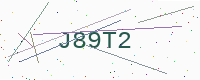
Text: J89T2